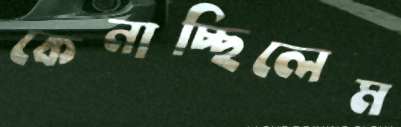
কেনাচ্ছিলেম